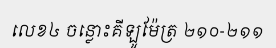
លេខ៤ ចន្លោះគីឡូម៉ែត្រ ២១០-២១១